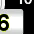
Digit: 6